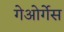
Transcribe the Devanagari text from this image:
गेओर्गेस